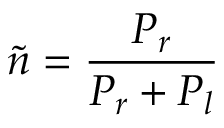
{ \tilde { n } } = { \frac { P _ { r } } { P _ { r } + P _ { l } } }